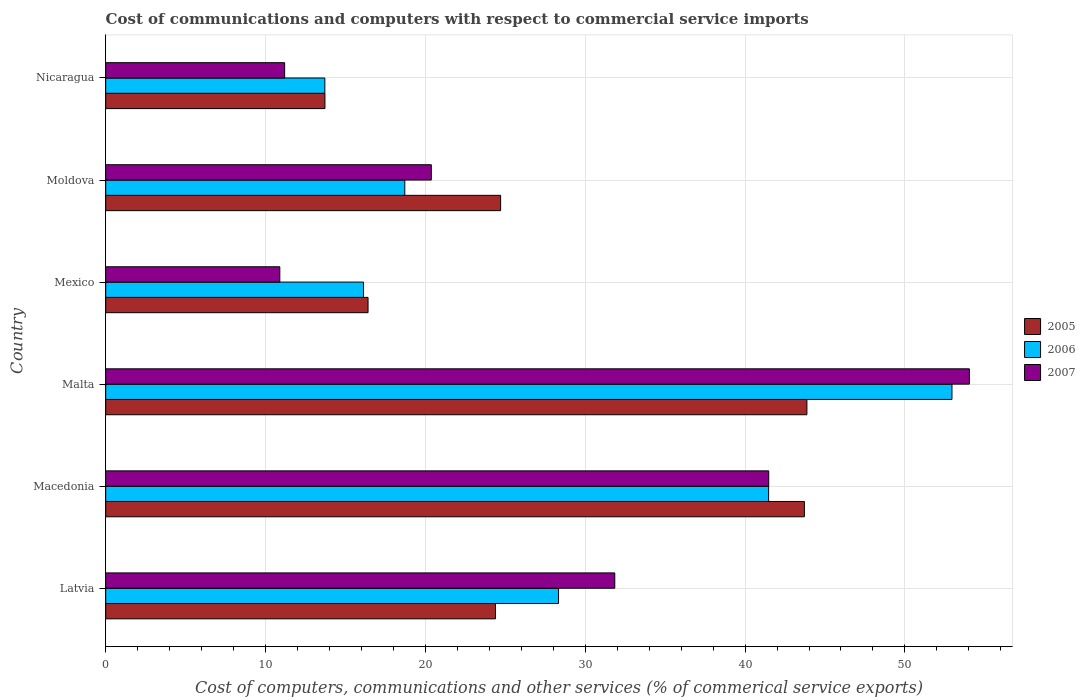
| Country | 2005 | 2006 | 2007 |
 | --- | --- | --- | --- |
 | Latvia | 24.4 | 28.3 | 31.8 |
 | Macedonia | 43.7 | 41.5 | 41.5 |
 | Malta | 43.9 | 52.9 | 54 |
 | Mexico | 16.4 | 16.1 | 10.9 |
 | Moldova | 24.7 | 18.7 | 20.4 |
 | Nicaragua | 13.7 | 13.7 | 11.2 |